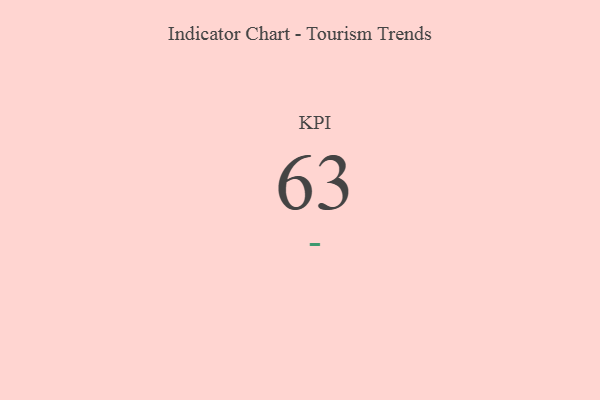
{"axis": {"x": "KPI", "y": "Value"}, "legend": [""], "data": [{"x": "KPI", "y": 63, "type": ""}]}